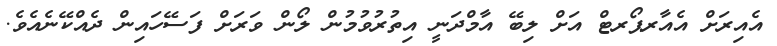
އެއިރަށް އެއާރޕޯރޓް އަށް ލިބޭ އާމްދަނީ އިތުރުވުމުން ލޯން ވަރަށް ފަސޭހައިން ދެއްކޭނެއެެވެ.